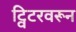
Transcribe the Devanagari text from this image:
ट्विटरवरून